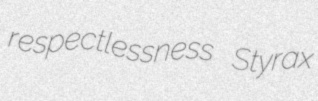
respectlessness Styrax